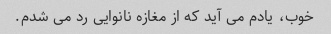
خوب، یادم می آید که از مغازه نانوایی رد می شدم.